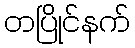
တပြိုင်နက်